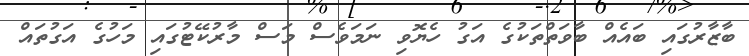
ބާޒާރުގައި ބައެއް ބާވަތްތަކުގެ އަގު ހެޔޮވި ނަމަވެސް މަސް މާރުކޭޓުގައި މަހުގެ އަގުތައް